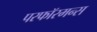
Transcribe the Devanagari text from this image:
परफॉरमन्स